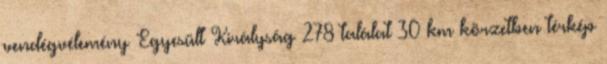
vendégvélemény Egyesült Királyság 278 találat 30 km körzetben térkép